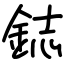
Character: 鋕